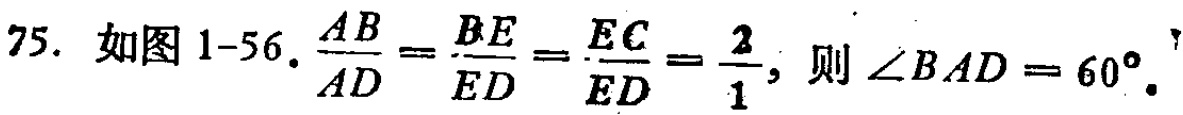
75. 如图 1-56. $\frac{AB}{AD}=\frac{BE}{ED}=\frac{EC}{ED}=\frac{2}{1}$，则$\angle BAD = 60^{\circ}.$